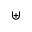
\uplus